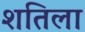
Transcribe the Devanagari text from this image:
शतिला